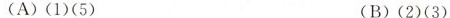
（A）(1)(5) (B)(2)(3)